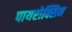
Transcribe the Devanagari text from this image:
पायरोक्सिन